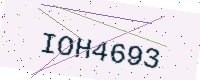
Text: IOH4693